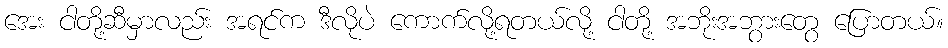
အေး ငါတို့ဆီမှာလည်း အရင်က ဒီလိုပဲ ကောက်လို့ရတယ်လို့ ငါတို့ အဘိုးအဘွားတွေ ပြောတယ်။